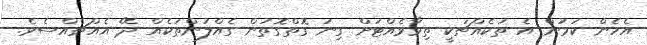
އެހެން ކަމުން އެ ތަކެއްޗަކީ ތިމާވެއްޓަށް ގިނަ ގޮތްގޮތުން ގެއްލުންތަކެއް ދޭ އެއްޗެއްސެވެ.